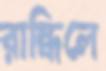
রান্ধিলে